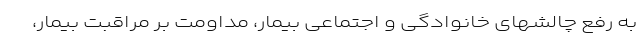
به رفع چالشهای خانوادگی و اجتماعی بیمار، مداومت بر مراقبت بیمار،